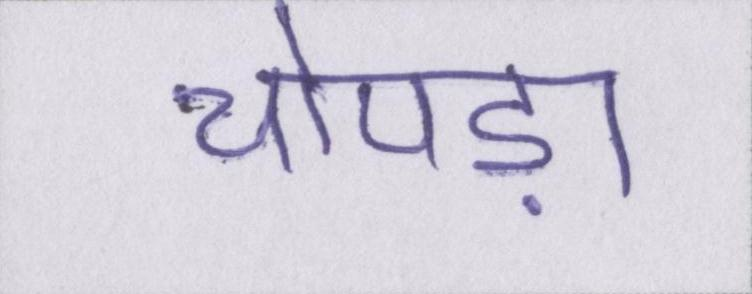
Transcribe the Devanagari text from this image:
चोपड़ा